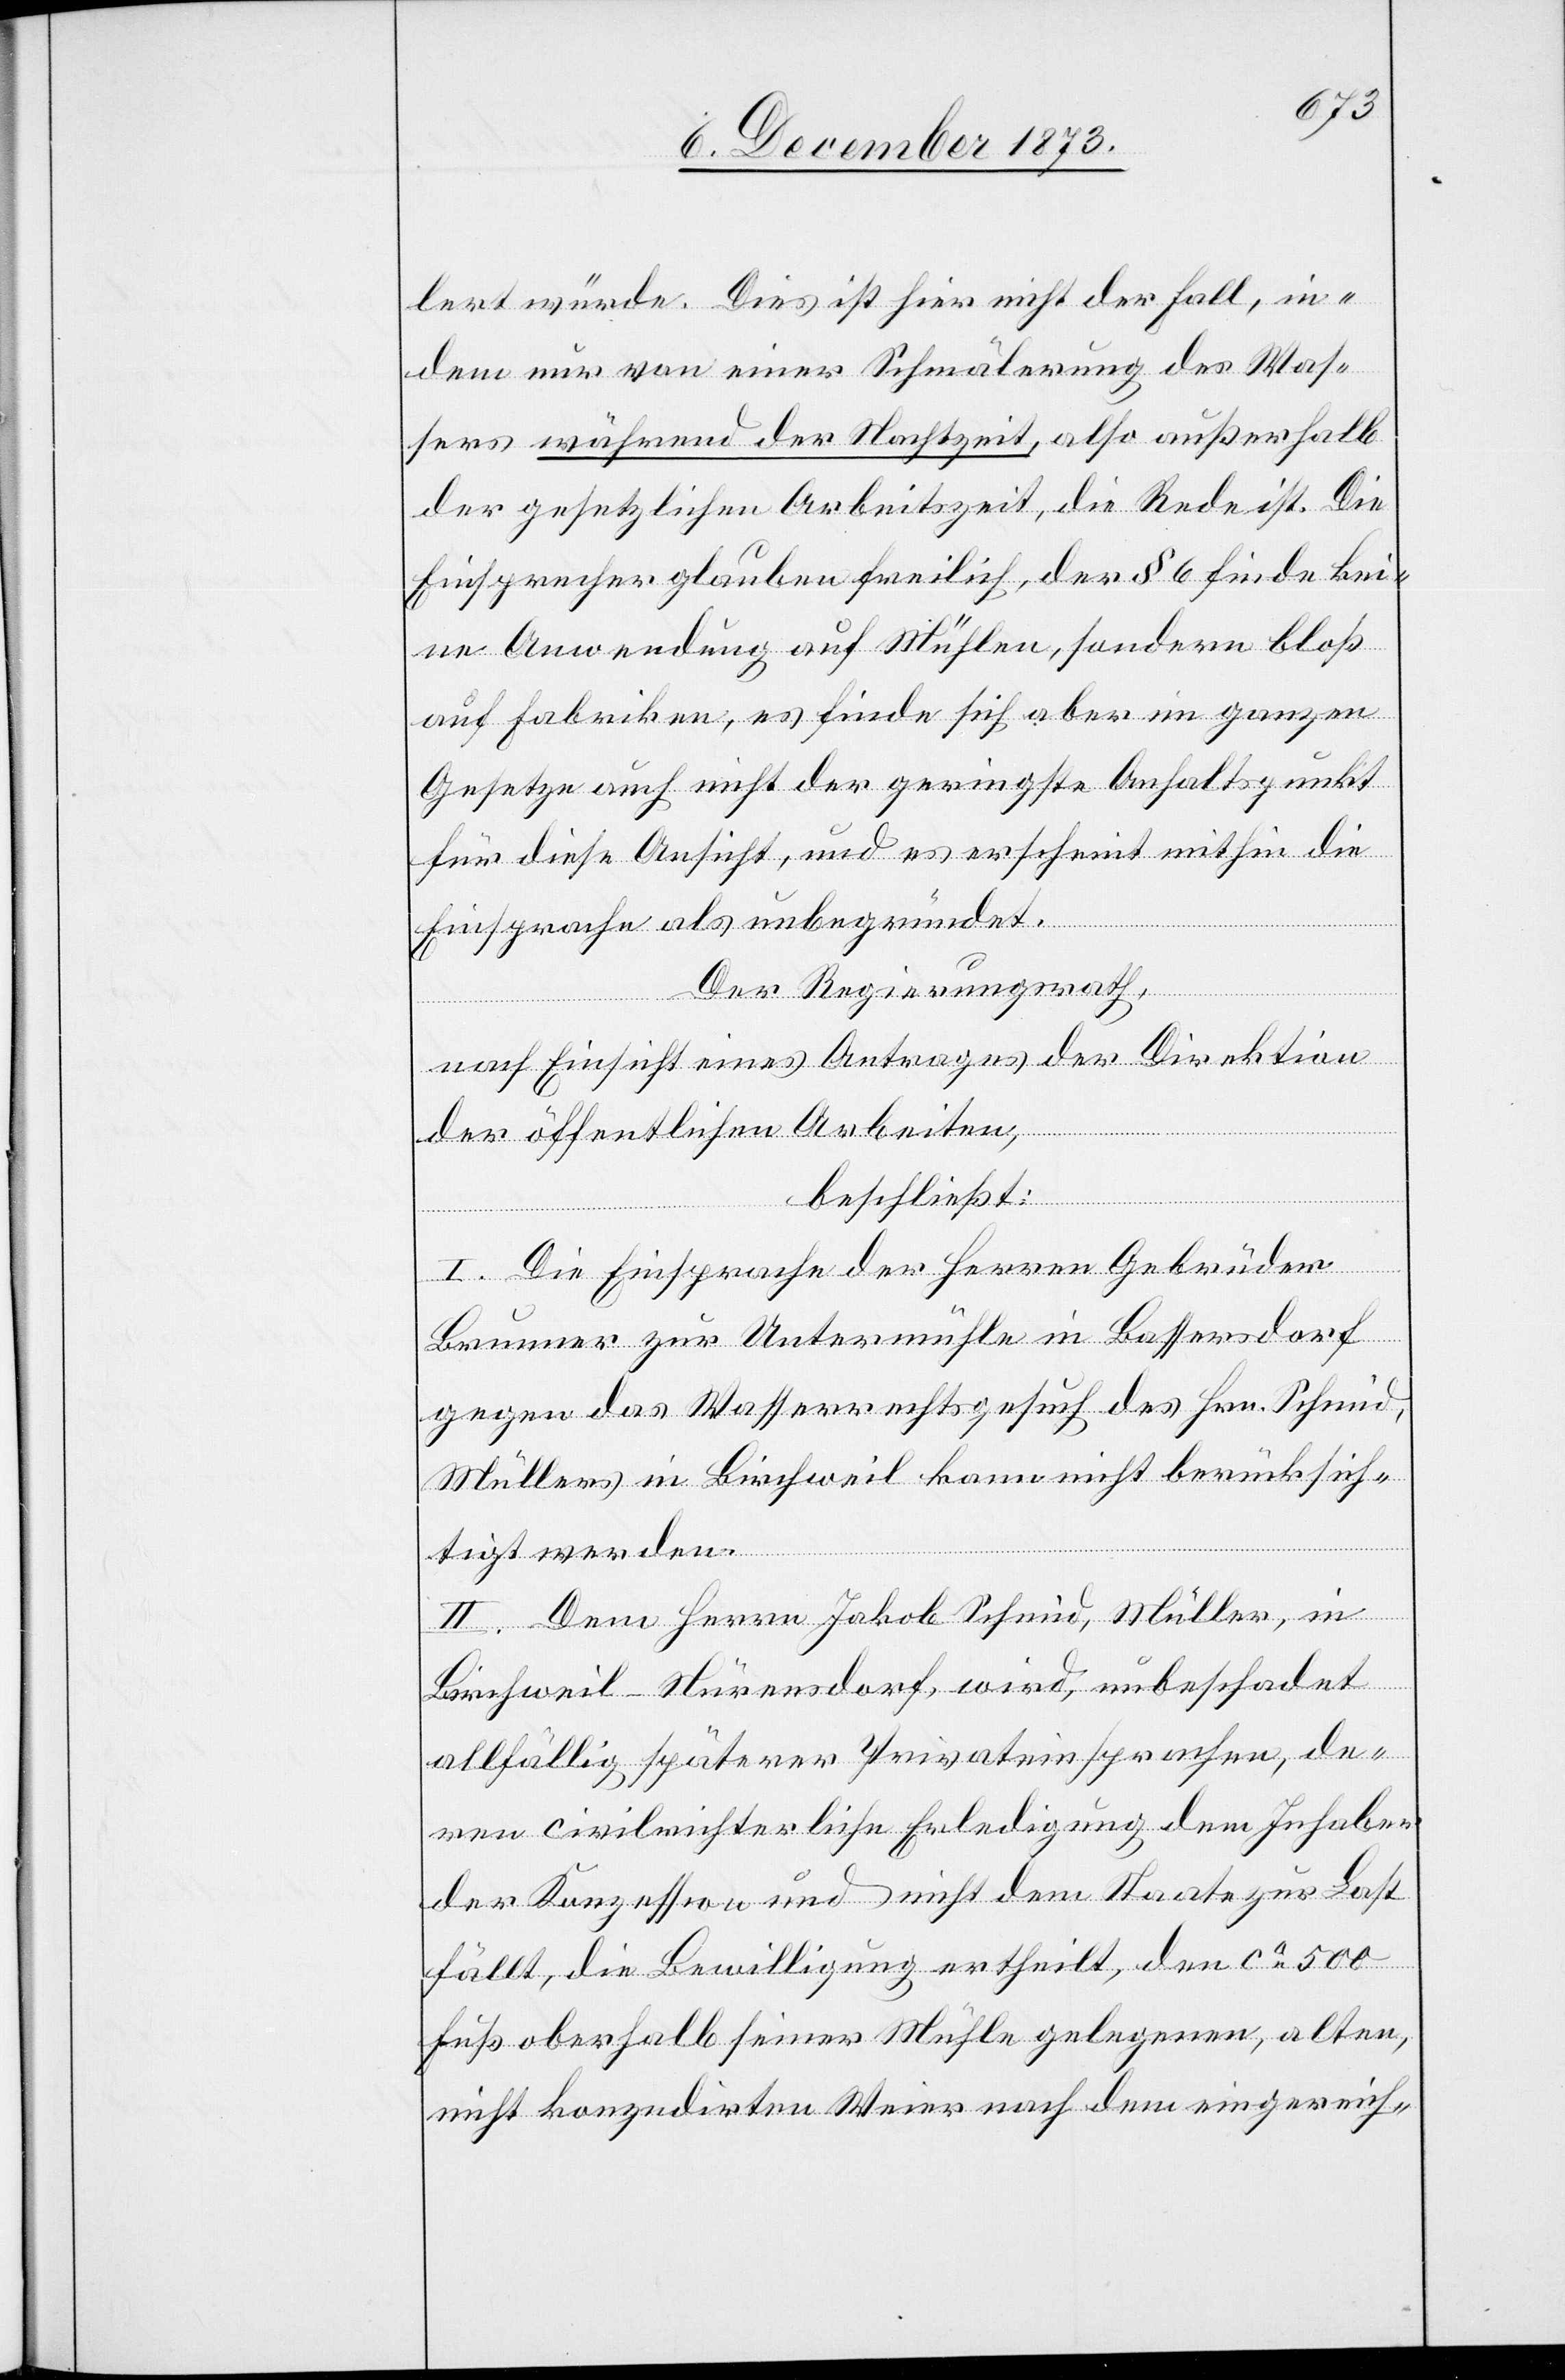
lert würde. Dies ist hier nicht der Fall, in¬
dem nur von einer Schmälerung des Was¬
sers während der Nachtzeit, also außerhalb
der gesetzlichen Arbeitszeit, die Rede ist. Die
Einsprecher glauben freilich, der § 6 finde kei¬
ne Anwendung auf Mühlen, sondern bloß
auf Fabriken, es finde sich aber im ganzen
Gesetze auch nicht der geringste Anhaltspunkt
für diese Ansicht, und es erscheint mithin die
Einsprache als unbegründet.
Der Regierungsrath,
nach Einsicht eines Antrages der Direktion
der öffentlichen Arbeiten,
beschließt:
I. Die Einsprache der Herren Gebrüder
Brunner zur Untermühle in Bassersdorf
gegen das Wasserrechtsgesuch des Hrn. Schmid,
Müllers in Birchweil kann nicht berücksich¬
tigt werden.
II. Dem Herrn Jakob Schmid, Müller, in
Birchweil - Nürensdorf, wird, unbeschadet
allfällig späterer Privateinsprachen, de¬
ren civilrichterliche Erledigung dem Inhaber
der Konzession und nicht dem Staate zur Last
fällt, die Bewilligung ertheilt, den ca 500
Fuß oberhalb seiner Mühle gelegenen, alten,
nicht konzedirten Weier nach dem eingereich-